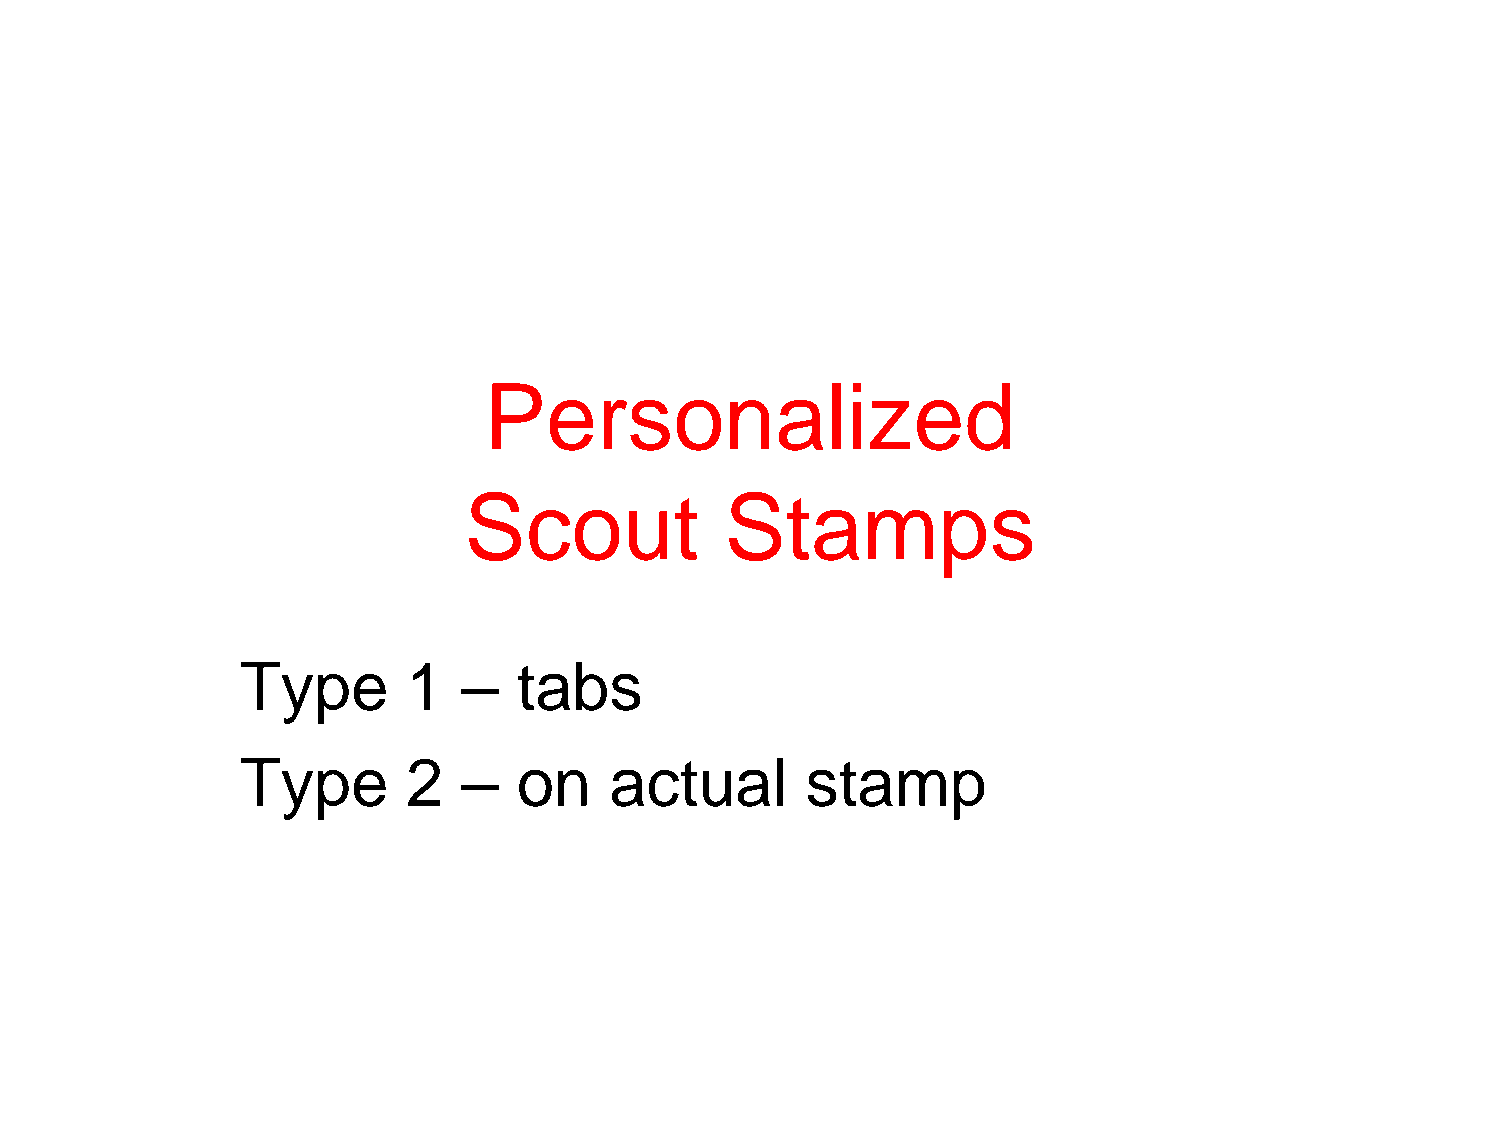
Personalized
 Scout            Stamps
 Type       1   –  tabs
 Type       2   –  on    actual       stamp